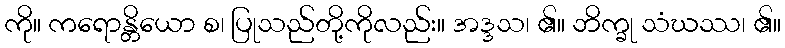
ကို။ ကရောန္တိယော စ၊ ပြုသည်တို့ကိုလည်း။ အဒ္ဒသ၊ ၏။ ဘိက္ခု သံဃဿ၊ ၏။